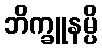
ဘိက္ခူနမ္ပိ